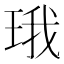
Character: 珴